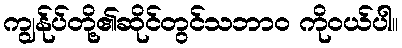
ကျွန်ုပ်တို့၏ဆိုင်တွင်သဘာဝ ကိုဝယ်ပါ။